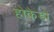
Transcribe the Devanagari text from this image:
होकैडो